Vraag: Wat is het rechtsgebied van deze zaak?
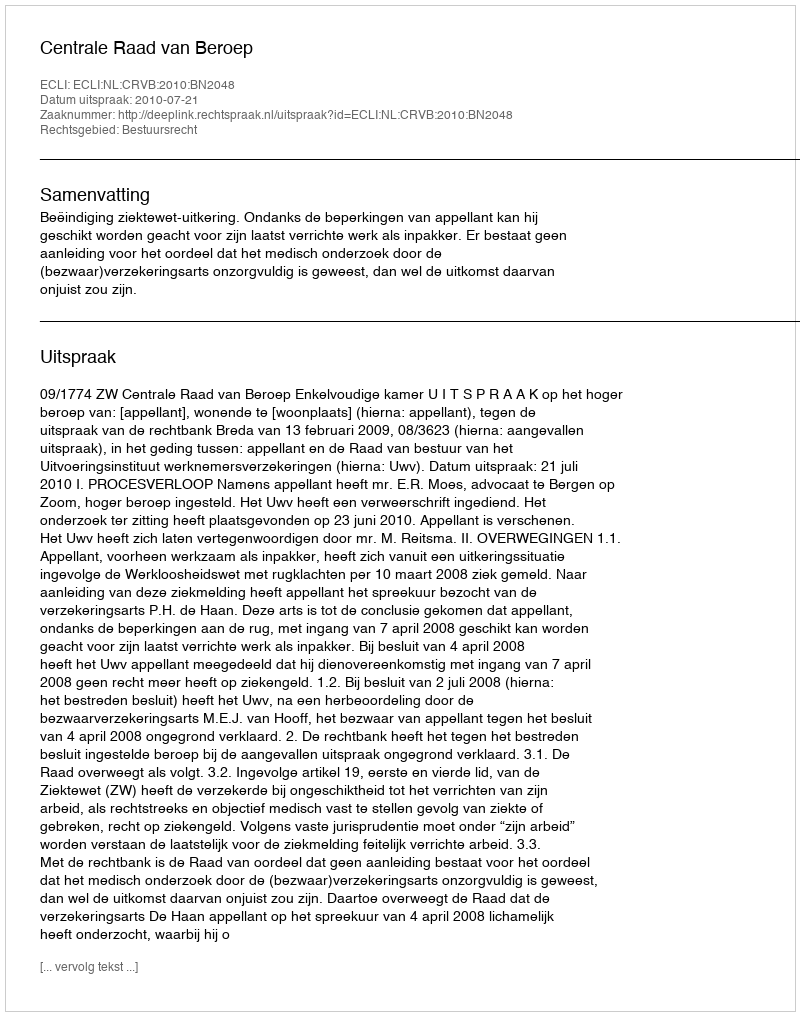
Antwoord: Bestuursrecht